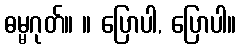
ဓမ္မဂုတ်။ ။ ပြောပါ, ပြောပါ။